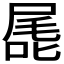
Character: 𭉖